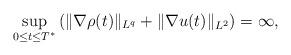
LaTeX: \begin{align*}\underset{0 \le t \le T^*}{\sup}\left(\|\nabla \rho(t)\|_{L^q}+\|\nabla u(t)\|_{L^2}\right)=\infty,\end{align*}